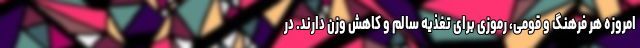
امروزه هر فرهنگ و قومی، رموزی برای تغذیه سالم و کاهش ‌وزن دارند. در